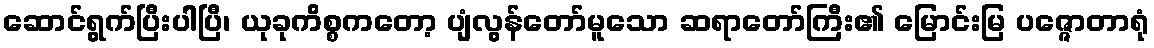
ဆောင်ရွက်ပြီးပါပြီ၊ ယုခုကိစ္စကတော့ ပျံလွန်တော်မူသော ဆရာတော်ကြီး၏ မြောင်းမြ ပဇ္ဇောတာရုံ